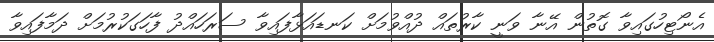
އެނޯޓިހުގައިވާ ގޮތުން އޭނާ ވަނީ ކާރުތައް ދުއްވުމަށް ކަނޑައަޅާފައިވާ ސަރަހައްދު ފާހަގަކުރުމަށް ދަމާފައިވާ